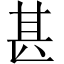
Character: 甚